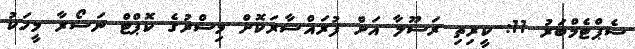
ސެޕްޓެމްބަރު 11: ކީރިތި ރަސޫލާ އަށް ފުރައްސާރަކޮށް މިސްރުގެ ކޮޕްޓް ނަސޯރާ މީހަކު